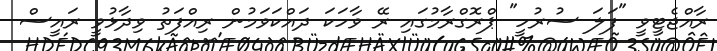
ރާއްޖެޓީވީ "ފަލަ ސުރުހީ" ޕްރޮގްރާމުގައި ރޭ ވާހަކަ ދައްކަވަމުން ރިއްފަތު ވިދާޅުވީ ރައީސް